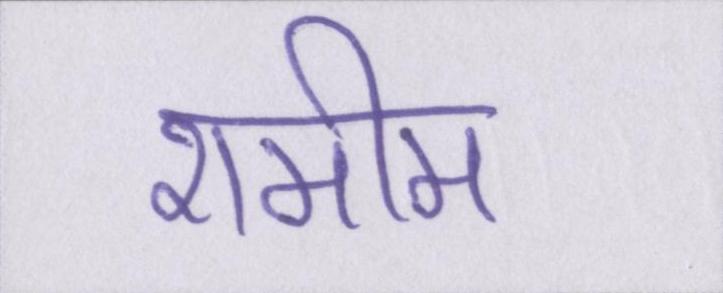
शमीम